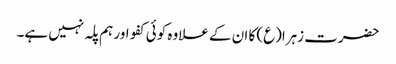
حضرت زہرا(ع) کا ان کے علاوہ کوئی کفو اور ہم پلہ نہیں ہے۔